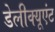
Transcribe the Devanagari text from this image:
डेलीक्यूएंट